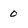
Character: 0